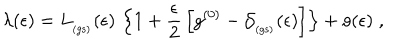
\lambda ( \epsilon ) = L _ { _ \mathrm { ( g s ) } } ( \epsilon ) \, \left\{ 1 + \frac { \epsilon } { 2 } \, \left[ g ^ { ( 0 ) } - { \mathcal G } _ { _ \mathrm { ( g s ) } } ( \epsilon ) \right] \right\} + o ( \epsilon ) \; ,